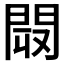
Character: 𨴉